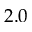
2 . 0